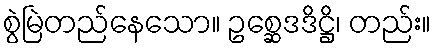
စွဲမြဲတည်နေသော။ ဥစ္ဆေဒဒိဋ္ဌိ၊ တည်း။